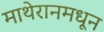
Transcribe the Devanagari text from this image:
माथेरानमधून